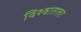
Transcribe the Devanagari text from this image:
विश्वातला